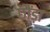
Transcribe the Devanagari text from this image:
छौंड़ा